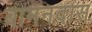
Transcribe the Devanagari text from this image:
बामनदास